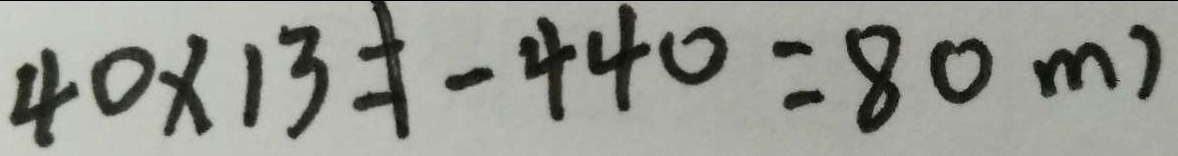
4 0 \times 1 3 = 1 - 4 4 0 = 8 8 0 m )